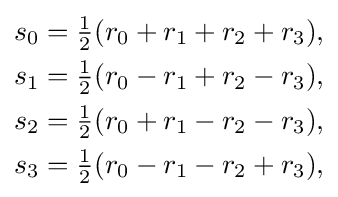
{\begin{aligned}s_{0}&={\tfrac {1}{2}}(r_{0}+r_{1}+r_{2}+r_{3}),\\s_{1}&={\tfrac {1}{2}}(r_{0}-r_{1}+r_{2}-r_{3}),\\s_{2}&={\tfrac {1}{2}}(r_{0}+r_{1}-r_{2}-r_{3}),\\s_{3}&={\tfrac {1}{2}}(r_{0}-r_{1}-r_{2}+r_{3}),\end{aligned}}